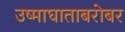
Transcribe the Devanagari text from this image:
उष्माघाताबरोबर